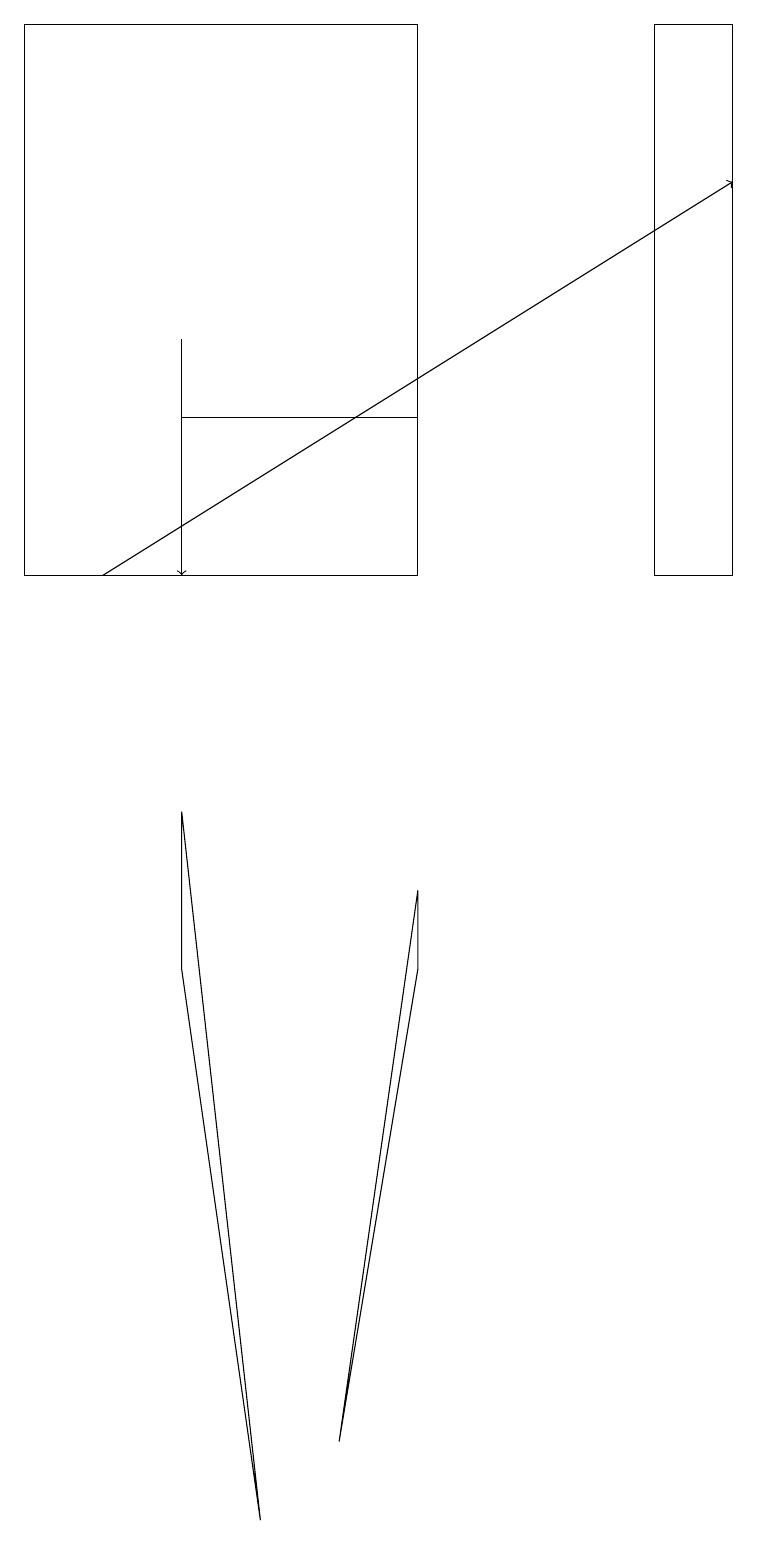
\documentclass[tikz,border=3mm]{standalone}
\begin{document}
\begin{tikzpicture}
\draw (0,19) rectangle (5,12);
\draw (8,19) rectangle (9,12);
\draw[->] (1,12) -- (9,17);
\draw[->] (2,15) -- (2,12);
\draw (2,7) -- (2,9) -- (3,0) -- cycle;
\draw (2,14) rectangle (5,12);
\draw (5,8) -- (4,1) -- (5,7) -- cycle;
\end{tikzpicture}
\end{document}